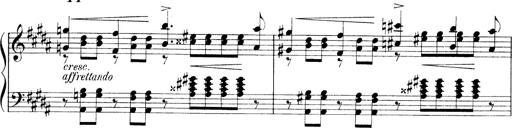
Title: 3 Ã‰tudes de concert
Composer: Franz Liszt